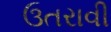
ઉતરાવી